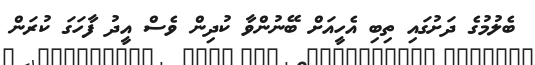
ބެލުމުގެ ދަށުގައި ތިބި އެހީއަށް ބޭނުންވާ ކުދިން ވެސް އީދު ފާހަގަ ކުރަން